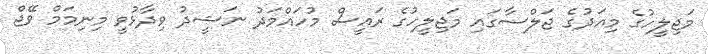
މަޖިލީހުގެ މިއަދުގެ ޖަލްސާގައި މަޖިލީހުގެ ރައީސް މުހައްމަދު ނަޝީދު ވިދާޅުވީ މިނިމަމް ވޭޖް